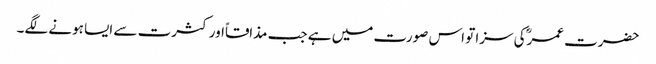
حضرت عمرؓکی سزا تو اس صورت میں ہے جب مذاقاًاور کثرت سے ایسا ہونے لگے۔